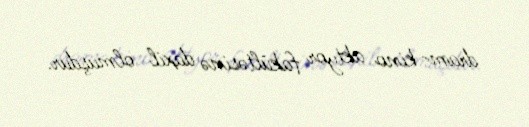
dram-kino aktyor fakültəsinə daxil olmuşdur.